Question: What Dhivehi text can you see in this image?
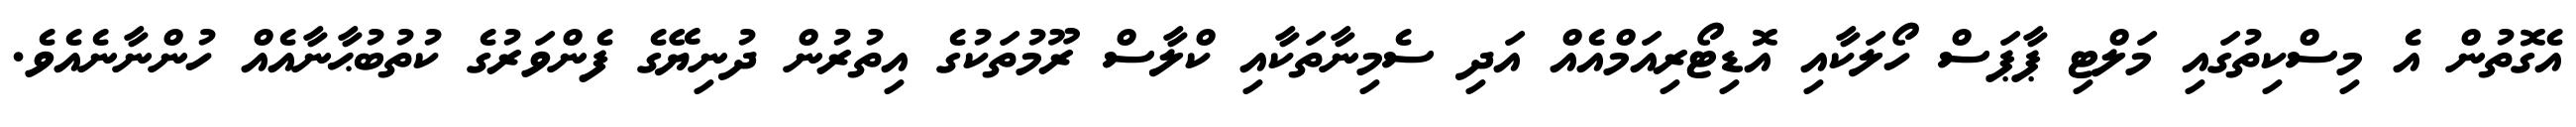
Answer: އެގޮތުން އެ މިސްކިތުގައި މަލްޓި ޕާޕަސް ހޯލަކާއި އޮޑިޓޯރިއަމްއެއް އަދި ސެމިނާތަކާއި ކްލާސް ރޫމުތަކުގެ އިތުރުން ދުނިޔޭގެ ފެންވަރުގެ ކުތުބުޙާނާއެއް ހުންނާނެއެވެ.